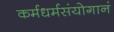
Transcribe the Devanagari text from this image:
कर्मधर्मसंयोगानं